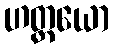
ဟတ္ထယော